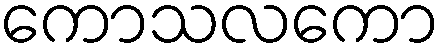
ကောသလကော